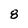
Character: 8